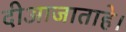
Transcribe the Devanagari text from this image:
दीआजाताहे।